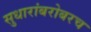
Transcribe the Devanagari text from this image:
सुधारांबरोबरच